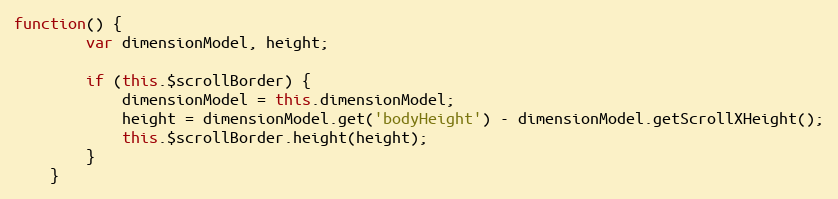
Language: JavaScript
function() {
        var dimensionModel, height;

        if (this.$scrollBorder) {
            dimensionModel = this.dimensionModel;
            height = dimensionModel.get('bodyHeight') - dimensionModel.getScrollXHeight();
            this.$scrollBorder.height(height);
        }
    }